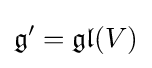
{\mathfrak {g}}'={\mathfrak {gl}}(V)